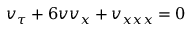
v _ { \tau } + 6 v v _ { x } + v _ { x x x } = 0